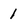
Character: 1